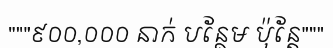
"""៩០០,០០០ នាក់ បន្ថែម ប៉ុន្តែ"""